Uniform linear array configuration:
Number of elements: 8
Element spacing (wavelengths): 1
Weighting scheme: binomial
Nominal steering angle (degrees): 60
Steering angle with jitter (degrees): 61.361
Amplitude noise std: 0.05
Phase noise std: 0.05

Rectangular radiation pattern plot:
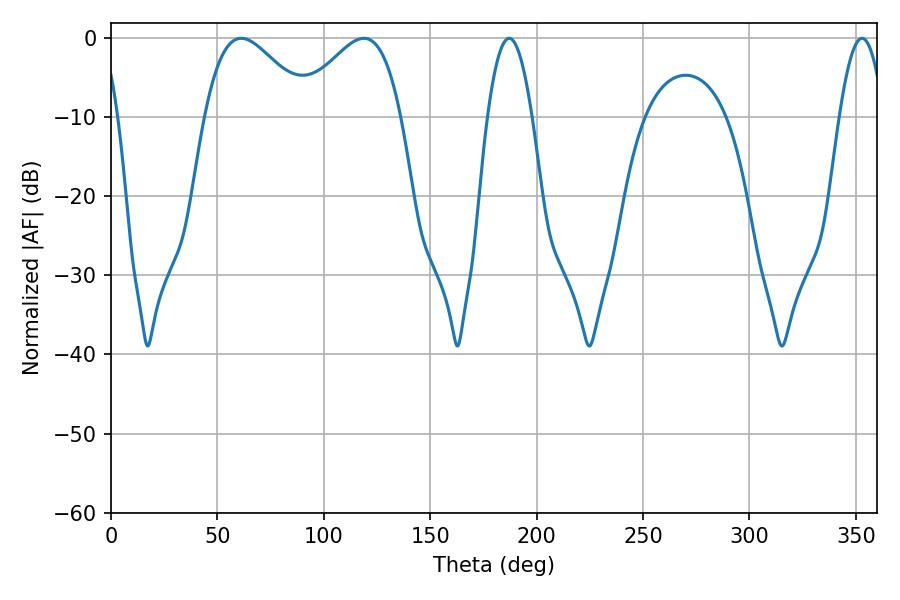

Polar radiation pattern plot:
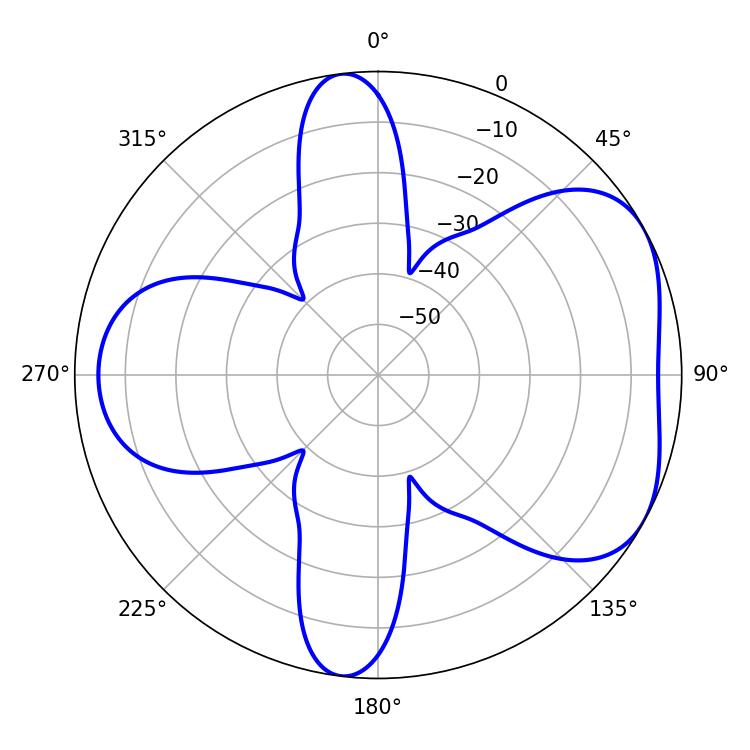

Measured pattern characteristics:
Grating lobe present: TRUE
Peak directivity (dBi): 4.883
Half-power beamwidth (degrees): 26.46
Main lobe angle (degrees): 61.2